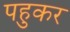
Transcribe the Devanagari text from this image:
पहुकर